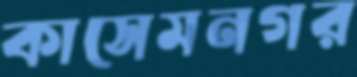
কাসেমনগর